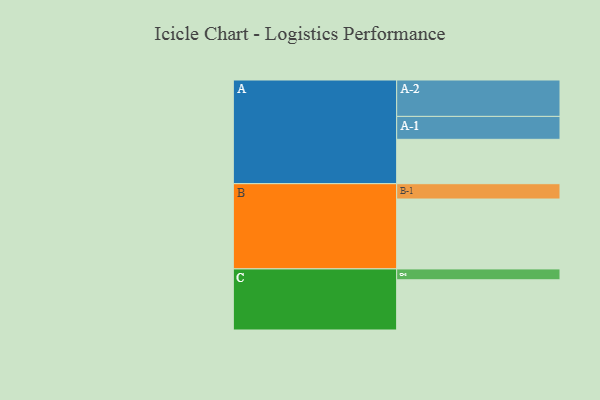
{"axis": {"x": "Segment", "y": "Value"}, "legend": ["", "A", "B", "C"], "data": [{"x": "A", "y": 356, "type": ""}, {"x": "B", "y": 561, "type": ""}, {"x": "C", "y": 403, "type": ""}, {"x": "A-1", "y": 184, "type": "A"}, {"x": "A-2", "y": 292, "type": "A"}, {"x": "B-1", "y": 123, "type": "B"}, {"x": "C-1", "y": 87, "type": "C"}]}